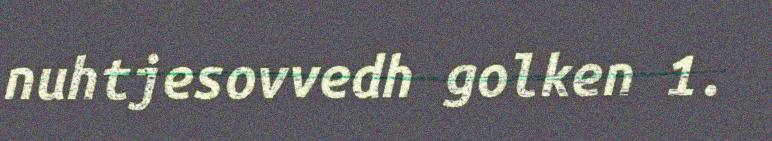
nuhtjesovvedh golken 1.